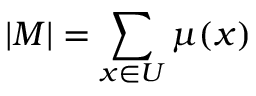
| M | = \sum _ { x \in U } \mu ( x )